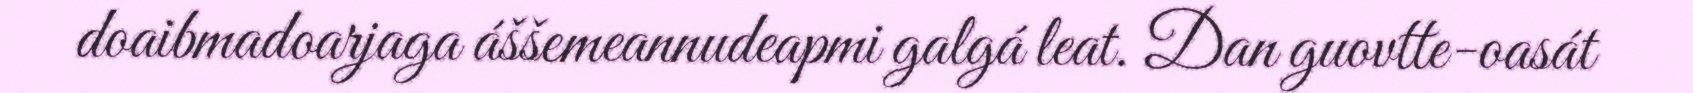
doaibmadoarjaga áššemeannudeapmi galgá leat. Dan guovtte-oasát